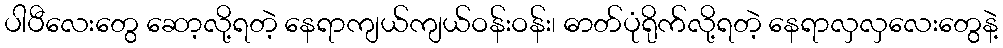
ပါပီလေးတွေ ဆော့လို့ရတဲ့ နေရာကျယ်ကျယ်ဝန်းဝန်း၊ ဓာတ်ပုံရိုက်လို့ရတဲ့ နေရာလှလှလေးတွေနဲ့